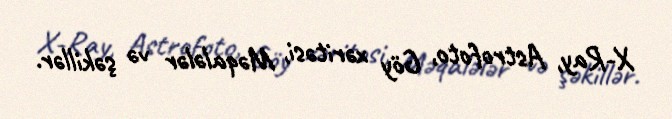
X-Ray, Astrofoto, Göy xəritəsi, Məqalələr və şəkillər.